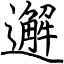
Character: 邂